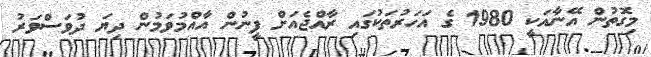
މިގޮތުން އޭނާއަކީ 1980 ގެ އަހަރުތަކުގައި ރާއްޖެއަށް ފީނުން އާއްމުވަމުން ދިޔަ ދުވަސްވަރު